Code of medical and sanitary regulations for the guidance of medical officers serving in the Madras Presidency - Volume I
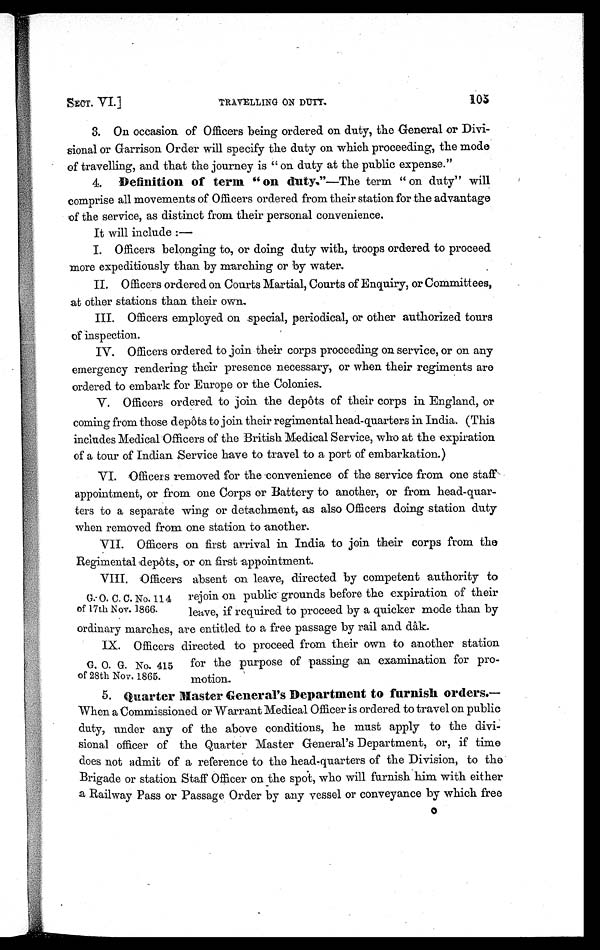
SECT. VI.]
TRAVELLING ON DUTY.
105
3. On occasion of Officers being ordered on duty, the general or Divi
-sional or Garrison Order will specify the duty on which proceeding, the mode
of travelling, and that the journey is " on duty at the public expense."
4. Definition of term " on duty." —The term " on duty" will
comprise all movements of Officers ordered from their station for the advantage
of the service, as distinct from their personal convenience.
It will include :
—
I . O f f i c e r s b e l o n g i n g t o , o r d o i n g d u t y w i t h , t r o o p s o r d e r e d t o p r o c e e d
more expeditiously than by marching or by water.
I I . O f f i c e r s o r d e r e d o n C o u r t s M a r t i a l , C o u r t s o f E n q u i r y , o r C o m m i t t e e s ,
at other stations than their own.
III. Officers employed on special, periodical, or other authorized tours
of inspection.
IV. Officers ordered to join their corps proceeding on service, or on any
emergency rendering their presence necessary, or when their regiments are
ordered to embark for Europe or the Colonies.
V. Officers ordered to join the depôts of their corps in England, or
coming from those depôts to join their regimental head-quarters in India. (This
includes Medical Officers of the British Medical Service, who at the expiration
of a tour of Indian Service have to travel to a port of embarkation.)
VI. Officers removed for the convenience of the service from one staff
appointment, or from one Corps or Battery to another, or from head-quar
- t e r s t o a s e p a r a t e w i n g o r d e t a c h m e n t , a s a l s o O f f i c e r s d o i n g s t a t i o n d u t y
when removed from one station to another.
VII. Officers on first arrival in India to join their corps from the
Regimental depôts, or on first appointment.
VIII. Officers absent on leave, directed by competent authority to
G. O. C. C. No. 114 rejoin on public grounds before the expiration of their
of 17th Nov. 1866. leave, if required to proceed by a quicker mode than by
ordinary marches, are entitled to a free passage by rail and dâk.
IX. Officers directed to proceed from their own to another station
G. O. G. No. 415 for the purpose of passing an examination for pro
of 28th Nov. 1865.
motion.,
5. Quarter Master General's Department to furnish orders .—
When a Commissioned or Warrant Medical Officer is ordered to travel on public
duty, under any of the above conditions, he must apply to the divi
- s i o n a l o f f i c e r o f t h e Q u a r t e r M a s t e r G e n e r a l ' s D e p a r t m e n t , o r , i f t i m e
does not admit of a reference to the head-quarters of the Division, to the
Brigade or station Staff Officer on the spot, who will furnish him with either
a Railway Pass or Passage Order by any vessel or conveyance by which free O